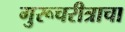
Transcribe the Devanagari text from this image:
गुरूचरीत्राचा